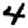
Digit: 4